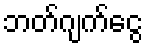
ဘတ်ဂျက်ငွေ